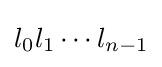
{\textstyle l_{0}l_{1}\cdots l_{n-1}}